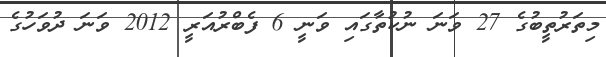
މިތަރުތީބުގެ 27 ވަނަ ނުކުތާގައި ވަނީ 6 ފެބްރުއަރީ 2012 ވަނަ ދުވަހުގެ